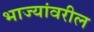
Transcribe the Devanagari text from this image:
भाज्यांवरील